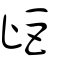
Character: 歫